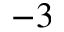
^ { - 3 }